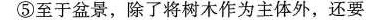
⑤至于盆景，除了将树木作为主体外，还要